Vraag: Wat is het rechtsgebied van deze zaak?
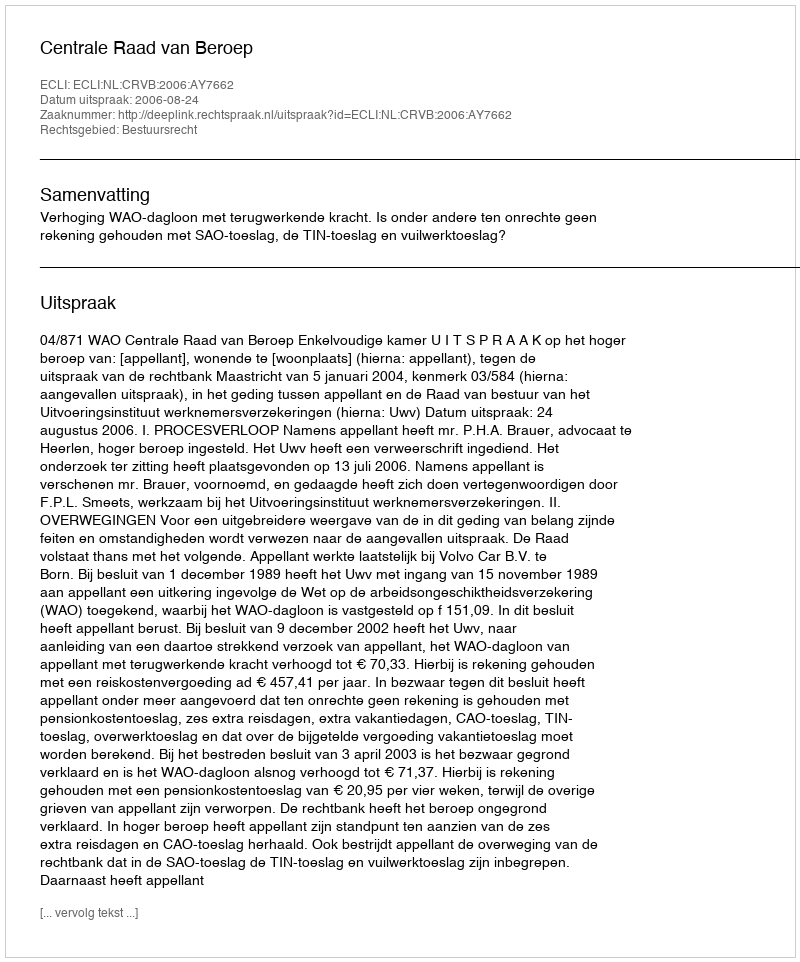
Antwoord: Bestuursrecht